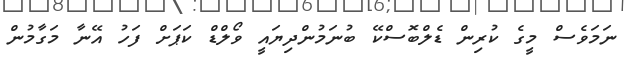
ނަމަވެސް މީގެ ކުރިން ޑެލްބޮސްކޭ ބުނަމުންދިޔައީ ވޯލްޑް ކަޕަށް ފަހު އޭނާ މަގާމުން